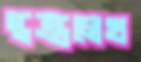
স্তম্ভলেখ